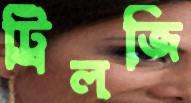
ট্রিলজি